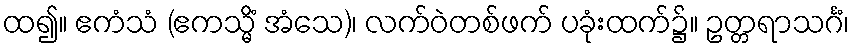
ထ၍။ ဧကံသံ (ဧကသ္မိံ အံသေ)၊ လက်ဝဲတစ်ဖက် ပခုံးထက်၌။ ဥတ္တရာသင်္ဂံ၊